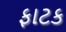
ફાટક